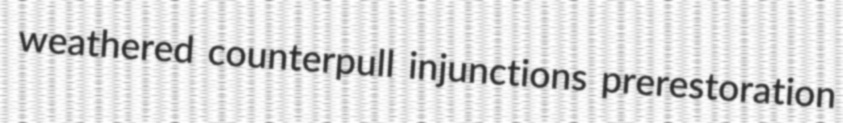
weathered counterpull injunctions prerestoration